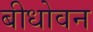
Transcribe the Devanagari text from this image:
बीधोवन